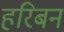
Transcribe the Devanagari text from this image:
हरिबन